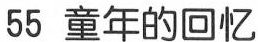
55 童年的回忆